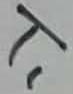
Text: T1